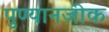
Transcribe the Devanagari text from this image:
पुण्यानजीक